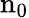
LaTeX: \textrm{n}_{0}